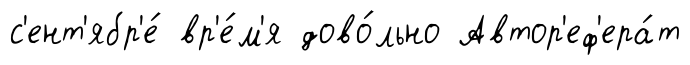
с'ент'ябр'е́ вр'е́м'я дово́льно Автор'еф'ера́т